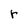
Character: r